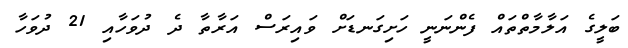
ބަލީގެ އަލާމާތްތައް ފެންނަނީ ހަށިގަނޑަށް ވައިރަސް އަރާތާ ދެ ދުވަހާއި 21 ދުވަހާ